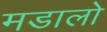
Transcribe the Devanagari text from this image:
मडालो